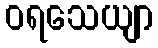
ဝရသေယျာ